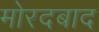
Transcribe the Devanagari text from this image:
मोरदबाद